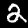
Digit: 2